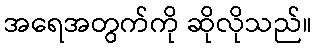
အရေအတွက်ကို ဆိုလိုသည်။